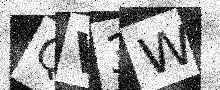
Text: QV3W